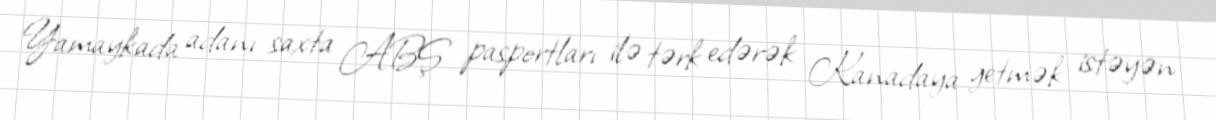
Yamaykada adanı saxta ABŞ pasportları ilə tərk edərək Kanadaya getmək istəyən